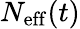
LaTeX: N_{\mathrm{eff}}(t)